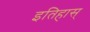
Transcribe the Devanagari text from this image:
इतिहास्